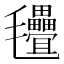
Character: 𣱃